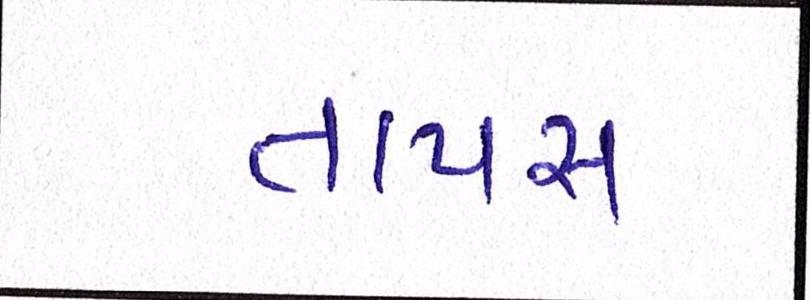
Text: તાપસ